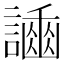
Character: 𧬿